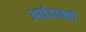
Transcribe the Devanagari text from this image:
अर्धवाक्यों